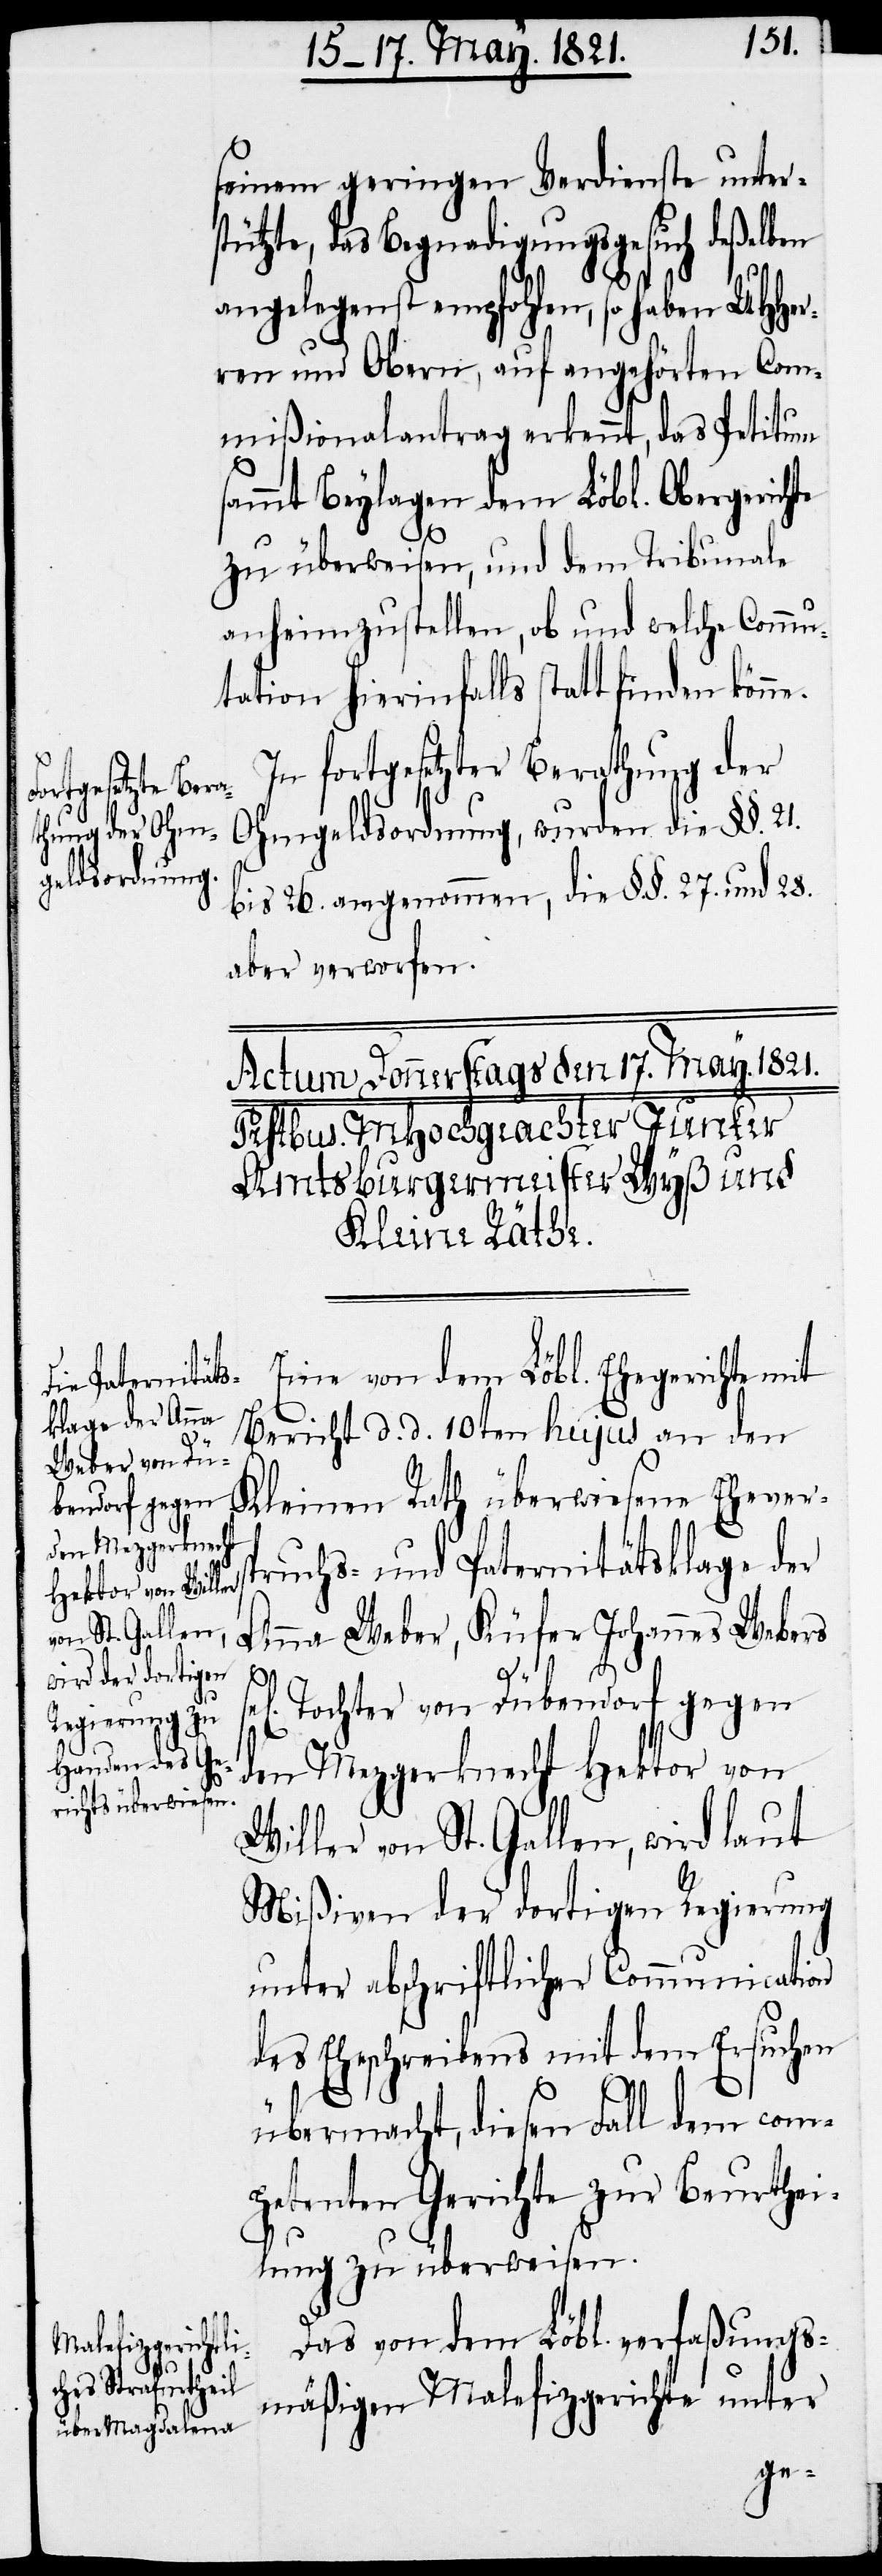
seinem geringen Verdienste unter¬
stützte, das Begnadigungsgesuch deßelben
angelegenst empfohlen, so haben UHHer¬
ren und Obern, auf angehörten Com¬
mißionalantrag erkennt, das Petitum
sammt Beylagen dem Löbl. Obergerichte
zu überweisen, und dem Tribunale
anheimzustellen, ob und welche Commu¬
tation hierinfalls statt finden könne.
In fortgesetzter Berathung der
Ohmgeldsordnung, wurden die §§. 21.
bis 26. angenommen, die §§. 27. und 28.
aber verworfen.
Eine von dem Löbl. Ehegerichte mit
Bericht d. d. 10ten hujus an den
Kleinen Rath überwiesene Ehevers¬
pruchs- und Paternitätsklage der
Anna Weber, Küfer Johannes Webers
se¬
l[i¬
gen] Tochter von Dübendorf gegen
den Mezgerknecht Hektor von
Willer von St. Gallen, wird laut
Mißiven der dortigen Regierung
unter abschriftlicher Communication
des Eheschreibens mit dem Ersuchen
übermacht, diesen Fall dem com¬
petenten Gerichte zu Beurthei¬
lung zu überweisen.
Das von dem Löbl. verfaßungs¬
mäßigen Malefizgerichte unter